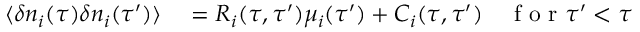
\begin{array} { r l } { { } \langle \delta n _ { i } ( \tau ) \delta n _ { i } ( \tau ^ { \prime } ) \rangle } & { { } = R _ { i } ( \tau , \tau ^ { \prime } ) \mu _ { i } ( \tau ^ { \prime } ) + C _ { i } ( \tau , \tau ^ { \prime } ) \quad \mathrm { ~ f ~ o ~ r ~ } \tau ^ { \prime } < \tau } \end{array}